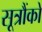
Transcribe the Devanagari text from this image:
सूत्रौंको